Plague in India, 1896, 1897 - Volume 2
Year: 1896
Disease focus: Plague
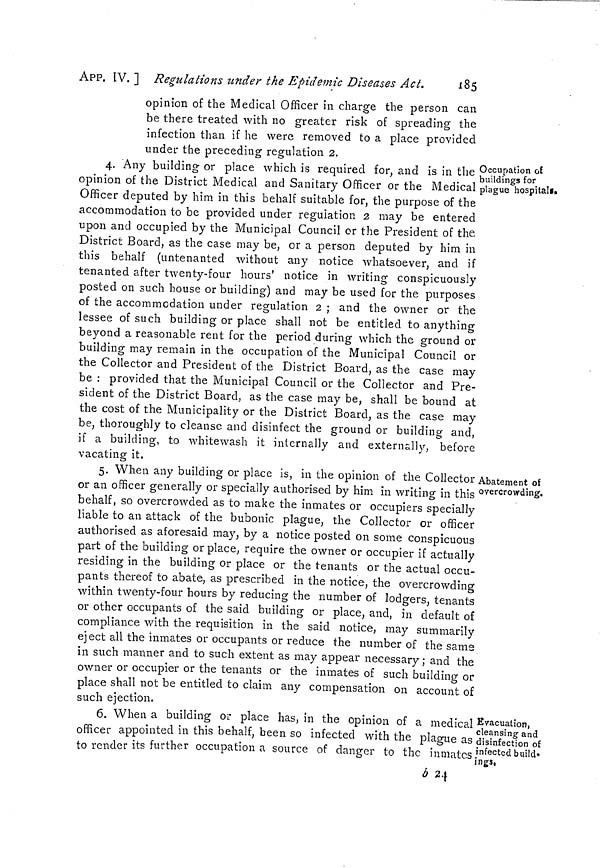
APP. IV. ] Regulations under the Epidemic Diseases Act.
185
opinion of the Medical Officer in charge the person can
be there treated with no greater risk of spreading the
infection than if he were removed to a place provided
under the preceding regulation 2.
Occupation of
buildings for
plague hospitals..
4.
Any building or place which is required for, and is in the
opinion of the District Medical and Sanitary Officer or the Medical
Officer deputed by him in this behalf suitable for, the purpose of the
accommodation to be provided under regulation 2 may be entered
upon and occupied by the Municipal Council or the President of the
District Board, as the case may be, or a person deputed by him in
this behalf (untenanted without any notice whatsoever, and if
tenanted after twenty-four hours' notice in writing conspicuously
posted on such house or building) and may be used for the purposes
of the accommodation under regulation 2 ; and the owner or the
lessee of such building or place shall not be entitled to anything
beyond a reasonable rent for the period during which the ground or
building may remain in the occupation of the Municipal Council or
the Collector and President of the District Board, as the case may
be : provided that the Municipal Council or the Collector and Pre-
sident of the District Board, as the case may be, shall be bound at
the cost of the Municipality or the District Board, as the case may
be, thoroughly to cleanse and disinfect the ground or building and,
if a building, to whitewash it internally and externally, before
vacating it,
Abatement of
overcrowding.
5. When any building or place is, in the opinion of the Collector
or an officer generally or specially authorised by him in writing in this
behalf, so overcrowded as to make the inmates or occupiers specially
liable to an attack of the bubonic plague, the Collector or officer
authorised as aforesaid may, by a notice posted on some conspicuous
part of the building or place, require the owner or occupier if actually
residing in the building or place or the tenants or the actual occu-
pants thereof to abate, as prescribed in the notice, the overcrowding
within twenty-four hours by reducing the number of lodgers, tenants
or other occupants of the said building or place, and, in default of
compliance with the requisition in the said notice, may sumarily
eject all the inmates or occupants or reduce the number of the same
in such manner and to such extent as may appear necessary ; and the
owner or occupier or the tenants or the inmates of such building or
place shall not be entitled to claim any compensation on account of
such ejection.
Evacuation,
cleansing and
disinfection of
infected build-
ings,
6. When a building or place has, in the opinion of a medical
officer appointed in this behalf, been so infected with the plague as
to render its further occupation a source of danger to the inmates
b 24